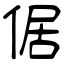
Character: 倨